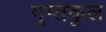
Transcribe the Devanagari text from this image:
गुप्तकुल